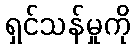
ရှင်သန်မှုကို